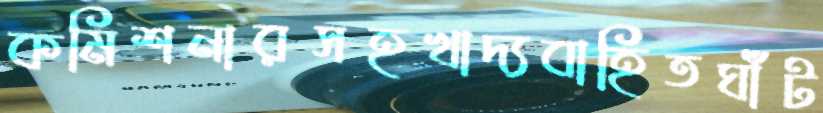
কমিশনারসহখাদ্যবাহিতঘাঁট